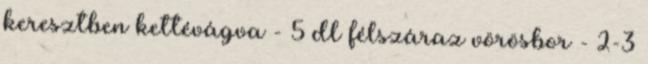
keresztben kettévágva - 5 dl félszáraz vörösbor - 2-3